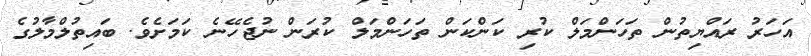
އަހަަރު ރައްޔިތުން ތަހަންމަލް ކުރި ކަންކަން ތަހަންމަލް ކުރަން ނުޖެހޭނެ ކަމަށެވެ. ބައިތުލްމާލުގެ